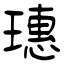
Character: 璤